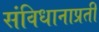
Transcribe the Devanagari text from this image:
संविधानाप्रती